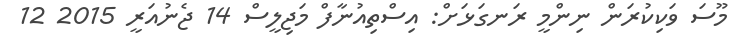
މޫސަ ވަކިކުރަން ނިންމީ ރަނގަޅަށް: އިސްތިއުނާފް މަޖިލީސް 14 ޖެނުއަރީ 2015 12